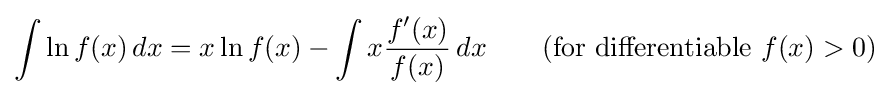
\int \ln f(x)\,dx=x\ln f(x)-\int x{\frac {f'(x)}{f(x)}}\,dx\qquad {\mbox{(for differentiable }}f(x)>0{\mbox{)}}